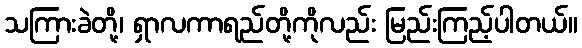
သကြားခဲတို့၊ ရှာလကာရည်တို့ကိုလည်း မြည်းကြည့်ပါတယ်။